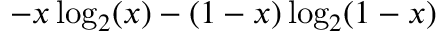
- x \log _ { 2 } ( x ) - ( 1 - x ) \log _ { 2 } ( 1 - x )